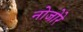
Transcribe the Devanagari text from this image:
नोजोरे